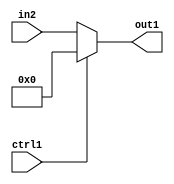
`timescale 1ps / 1ps
/*****************************************************************************
    Verilog RTL Description
    
    
    Created by: CellMath Designer 2019.1.01 
*******************************************************************************/

module fp_cmp_Muxi0u23u1_4 (
	in2,
	ctrl1,
	out1
	); /* architecture "behavioural" */ 
input [22:0] in2;
input  ctrl1;
output [22:0] out1;
wire [22:0] asc001;

reg [22:0] asc001_tmp_0;
assign asc001 = asc001_tmp_0;
always @ (ctrl1 or in2) begin
	case (ctrl1)
		1'B1 : asc001_tmp_0 = 23'B00000000000000000000000 ;
		default : asc001_tmp_0 = in2 ;
	endcase
end

assign out1 = asc001;
endmodule

/* CADENCE  uLb4Sgw= : u9/ySgnWtBlWxVPRXgAZ4Og= ** DO NOT EDIT THIS LINE ******/